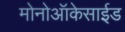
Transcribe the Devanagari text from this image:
मोनोऑकेसाईड